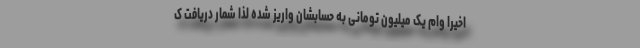
اخیرا وام یک میلیون تومانی به حسابشان واریز شده لذا شمار دریافت ک